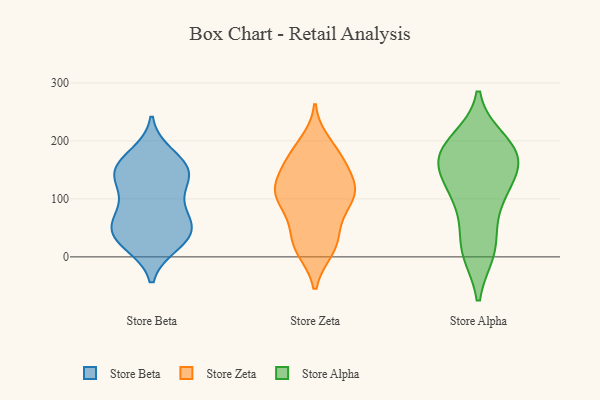
{"axis": {"x": "Shipments", "y": "Value"}, "legend": ["Store Alpha", "Store Beta", "Store Zeta"], "data": [{"x": "", "y": 175, "type": "Store Beta"}, {"x": "", "y": 40, "type": "Store Beta"}, {"x": "", "y": 82, "type": "Store Beta"}, {"x": "", "y": 142, "type": "Store Beta"}, {"x": "", "y": 137, "type": "Store Beta"}, {"x": "", "y": 148, "type": "Store Beta"}, {"x": "", "y": 75, "type": "Store Beta"}, {"x": "", "y": 38, "type": "Store Beta"}, {"x": "", "y": 28, "type": "Store Beta"}, {"x": "", "y": 114, "type": "Store Beta"}, {"x": "", "y": 155, "type": "Store Beta"}, {"x": "", "y": 54, "type": "Store Beta"}, {"x": "", "y": 23, "type": "Store Beta"}, {"x": "", "y": 154, "type": "Store Beta"}, {"x": "", "y": 50, "type": "Store Beta"}, {"x": "", "y": 117, "type": "Store Zeta"}, {"x": "", "y": 133, "type": "Store Zeta"}, {"x": "", "y": 143, "type": "Store Zeta"}, {"x": "", "y": 101, "type": "Store Zeta"}, {"x": "", "y": 177, "type": "Store Zeta"}, {"x": "", "y": 171, "type": "Store Zeta"}, {"x": "", "y": 31, "type": "Store Zeta"}, {"x": "", "y": 101, "type": "Store Zeta"}, {"x": "", "y": 12, "type": "Store Zeta"}, {"x": "", "y": 112, "type": "Store Zeta"}, {"x": "", "y": 64, "type": "Store Zeta"}, {"x": "", "y": 113, "type": "Store Zeta"}, {"x": "", "y": 149, "type": "Store Zeta"}, {"x": "", "y": 99, "type": "Store Zeta"}, {"x": "", "y": 196, "type": "Store Zeta"}, {"x": "", "y": 47, "type": "Store Zeta"}, {"x": "", "y": 99, "type": "Store Zeta"}, {"x": "", "y": 14, "type": "Store Zeta"}, {"x": "", "y": 16, "type": "Store Zeta"}, {"x": "", "y": 179, "type": "Store Zeta"}, {"x": "", "y": 185, "type": "Store Alpha"}, {"x": "", "y": 105, "type": "Store Alpha"}, {"x": "", "y": 10, "type": "Store Alpha"}, {"x": "", "y": 168, "type": "Store Alpha"}, {"x": "", "y": 200, "type": "Store Alpha"}, {"x": "", "y": 10, "type": "Store Alpha"}, {"x": "", "y": 21, "type": "Store Alpha"}, {"x": "", "y": 109, "type": "Store Alpha"}, {"x": "", "y": 180, "type": "Store Alpha"}, {"x": "", "y": 154, "type": "Store Alpha"}, {"x": "", "y": 189, "type": "Store Alpha"}, {"x": "", "y": 83, "type": "Store Alpha"}, {"x": "", "y": 162, "type": "Store Alpha"}, {"x": "", "y": 141, "type": "Store Alpha"}]}